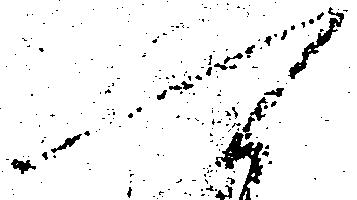
可